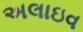
અલાઇવ